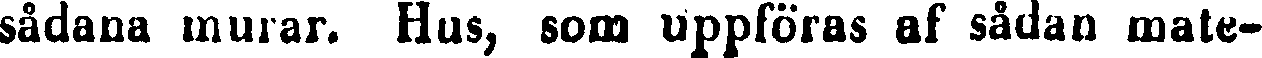
sådana murar. Hus, som uppföras af sådan mate-